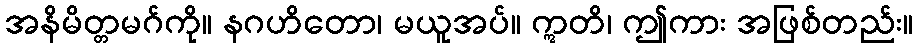
အနိမိတ္တမဂ်ကို။ နဂဟိတော၊ မယူအပ်။ ဣတိ၊ ဤကား အဖြစ်တည်း။